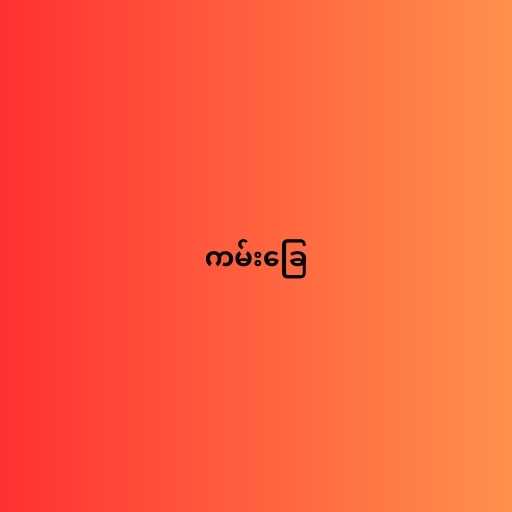
ကမ်းခြေ